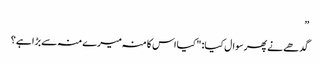
”
گدھے نے پھر سوال کیا: "کیا اس کا منہ میرے منہ سے بڑا ہے؟